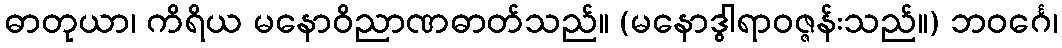
ဓာတုယာ၊ ကိရိယ မနောဝိညာဏဓာတ်သည်။ (မနောဒွါရာဝဇ္ဇန်းသည်။) ဘဝင်္ဂေ၊